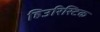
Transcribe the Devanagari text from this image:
हिउरिस्टिक